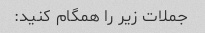
جملات زیر را همگام کنید: